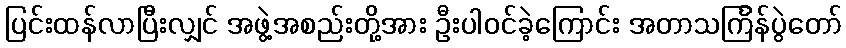
ပြင်းထန်လာပြီးလျှင် အဖွဲ့အစည်းတို့အား ဦးပါဝင်ခဲ့ကြောင်း အတာသင်္ကြန်ပွဲတော်